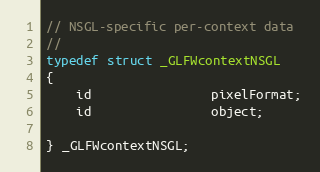
Language: C
// NSGL-specific per-context data
//
typedef struct _GLFWcontextNSGL
{
    id                pixelFormat;
    id                object;

} _GLFWcontextNSGL;